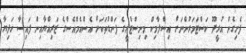
ފެށިގެން އުރީދޫ ކަސްޓަމަރުންނަށް އިސްލާމިކް މިނިސްޓްރީގެ ފަންޑުތަކަށް އެސްއެމްއެސްގެ ޒަރިއްޔާއިން ފައިސާ ހަދިޔާ